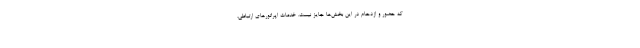
که حضور و ازدحام در این بخش‌ها جایز نیست. خدمات اپراتورهای ارتباطی،